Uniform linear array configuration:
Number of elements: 16
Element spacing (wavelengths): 0.5
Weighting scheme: kaiser
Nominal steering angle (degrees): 60
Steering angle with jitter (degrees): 61.205
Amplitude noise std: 0.05
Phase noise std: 0.05

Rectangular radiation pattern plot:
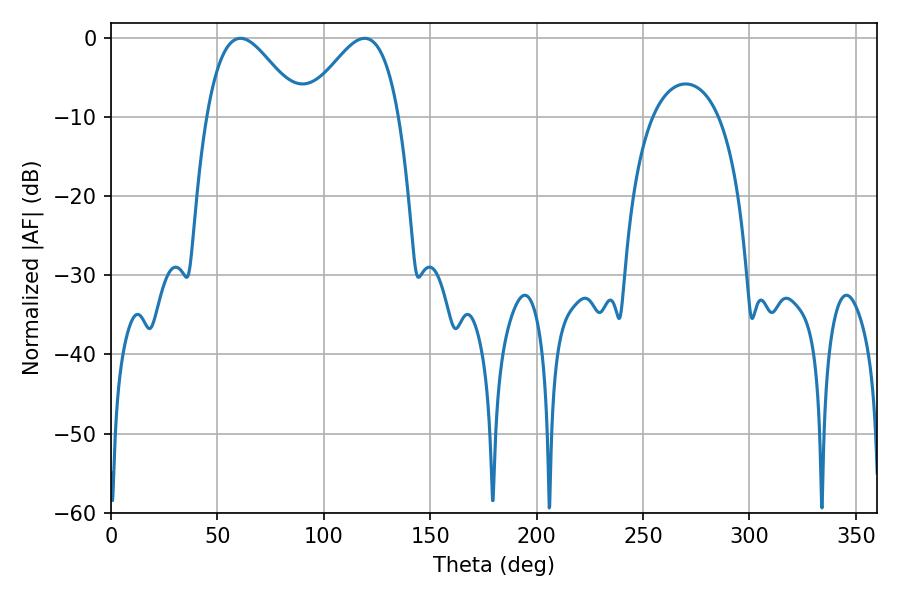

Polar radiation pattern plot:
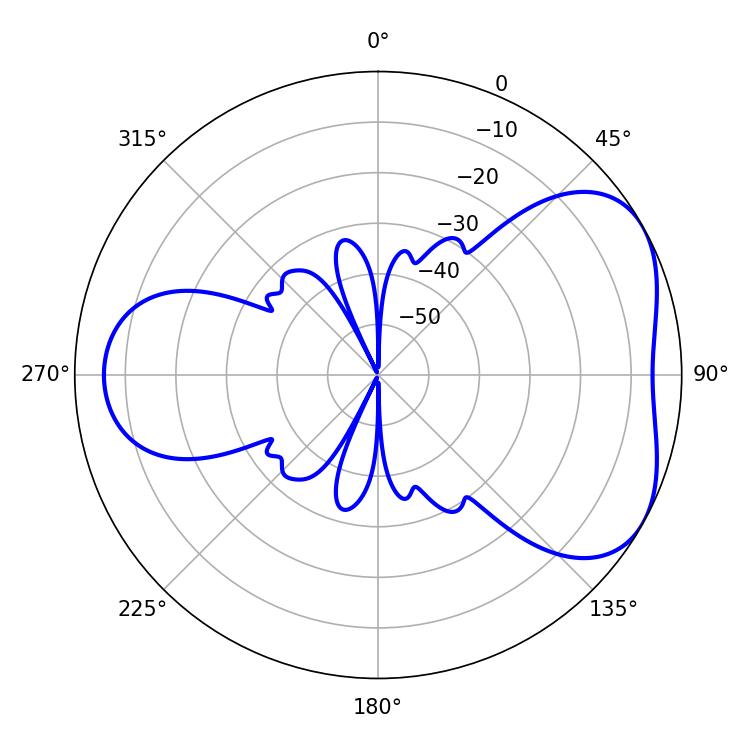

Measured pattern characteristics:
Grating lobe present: FALSE
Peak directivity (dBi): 4.625
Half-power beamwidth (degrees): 23.58
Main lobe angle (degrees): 60.84